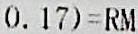
0.17)=RM